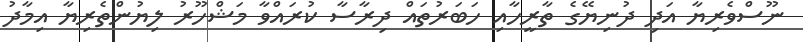
ނޫސްވެރިޔާ އަދި ދުނިޔޭގެ ތާރީހާއި ހަބަރުތައް ދިރާސާ ކުރައްވާ މަޝްހޫރު ލިޔުންތެރިޔާ އިމާދު